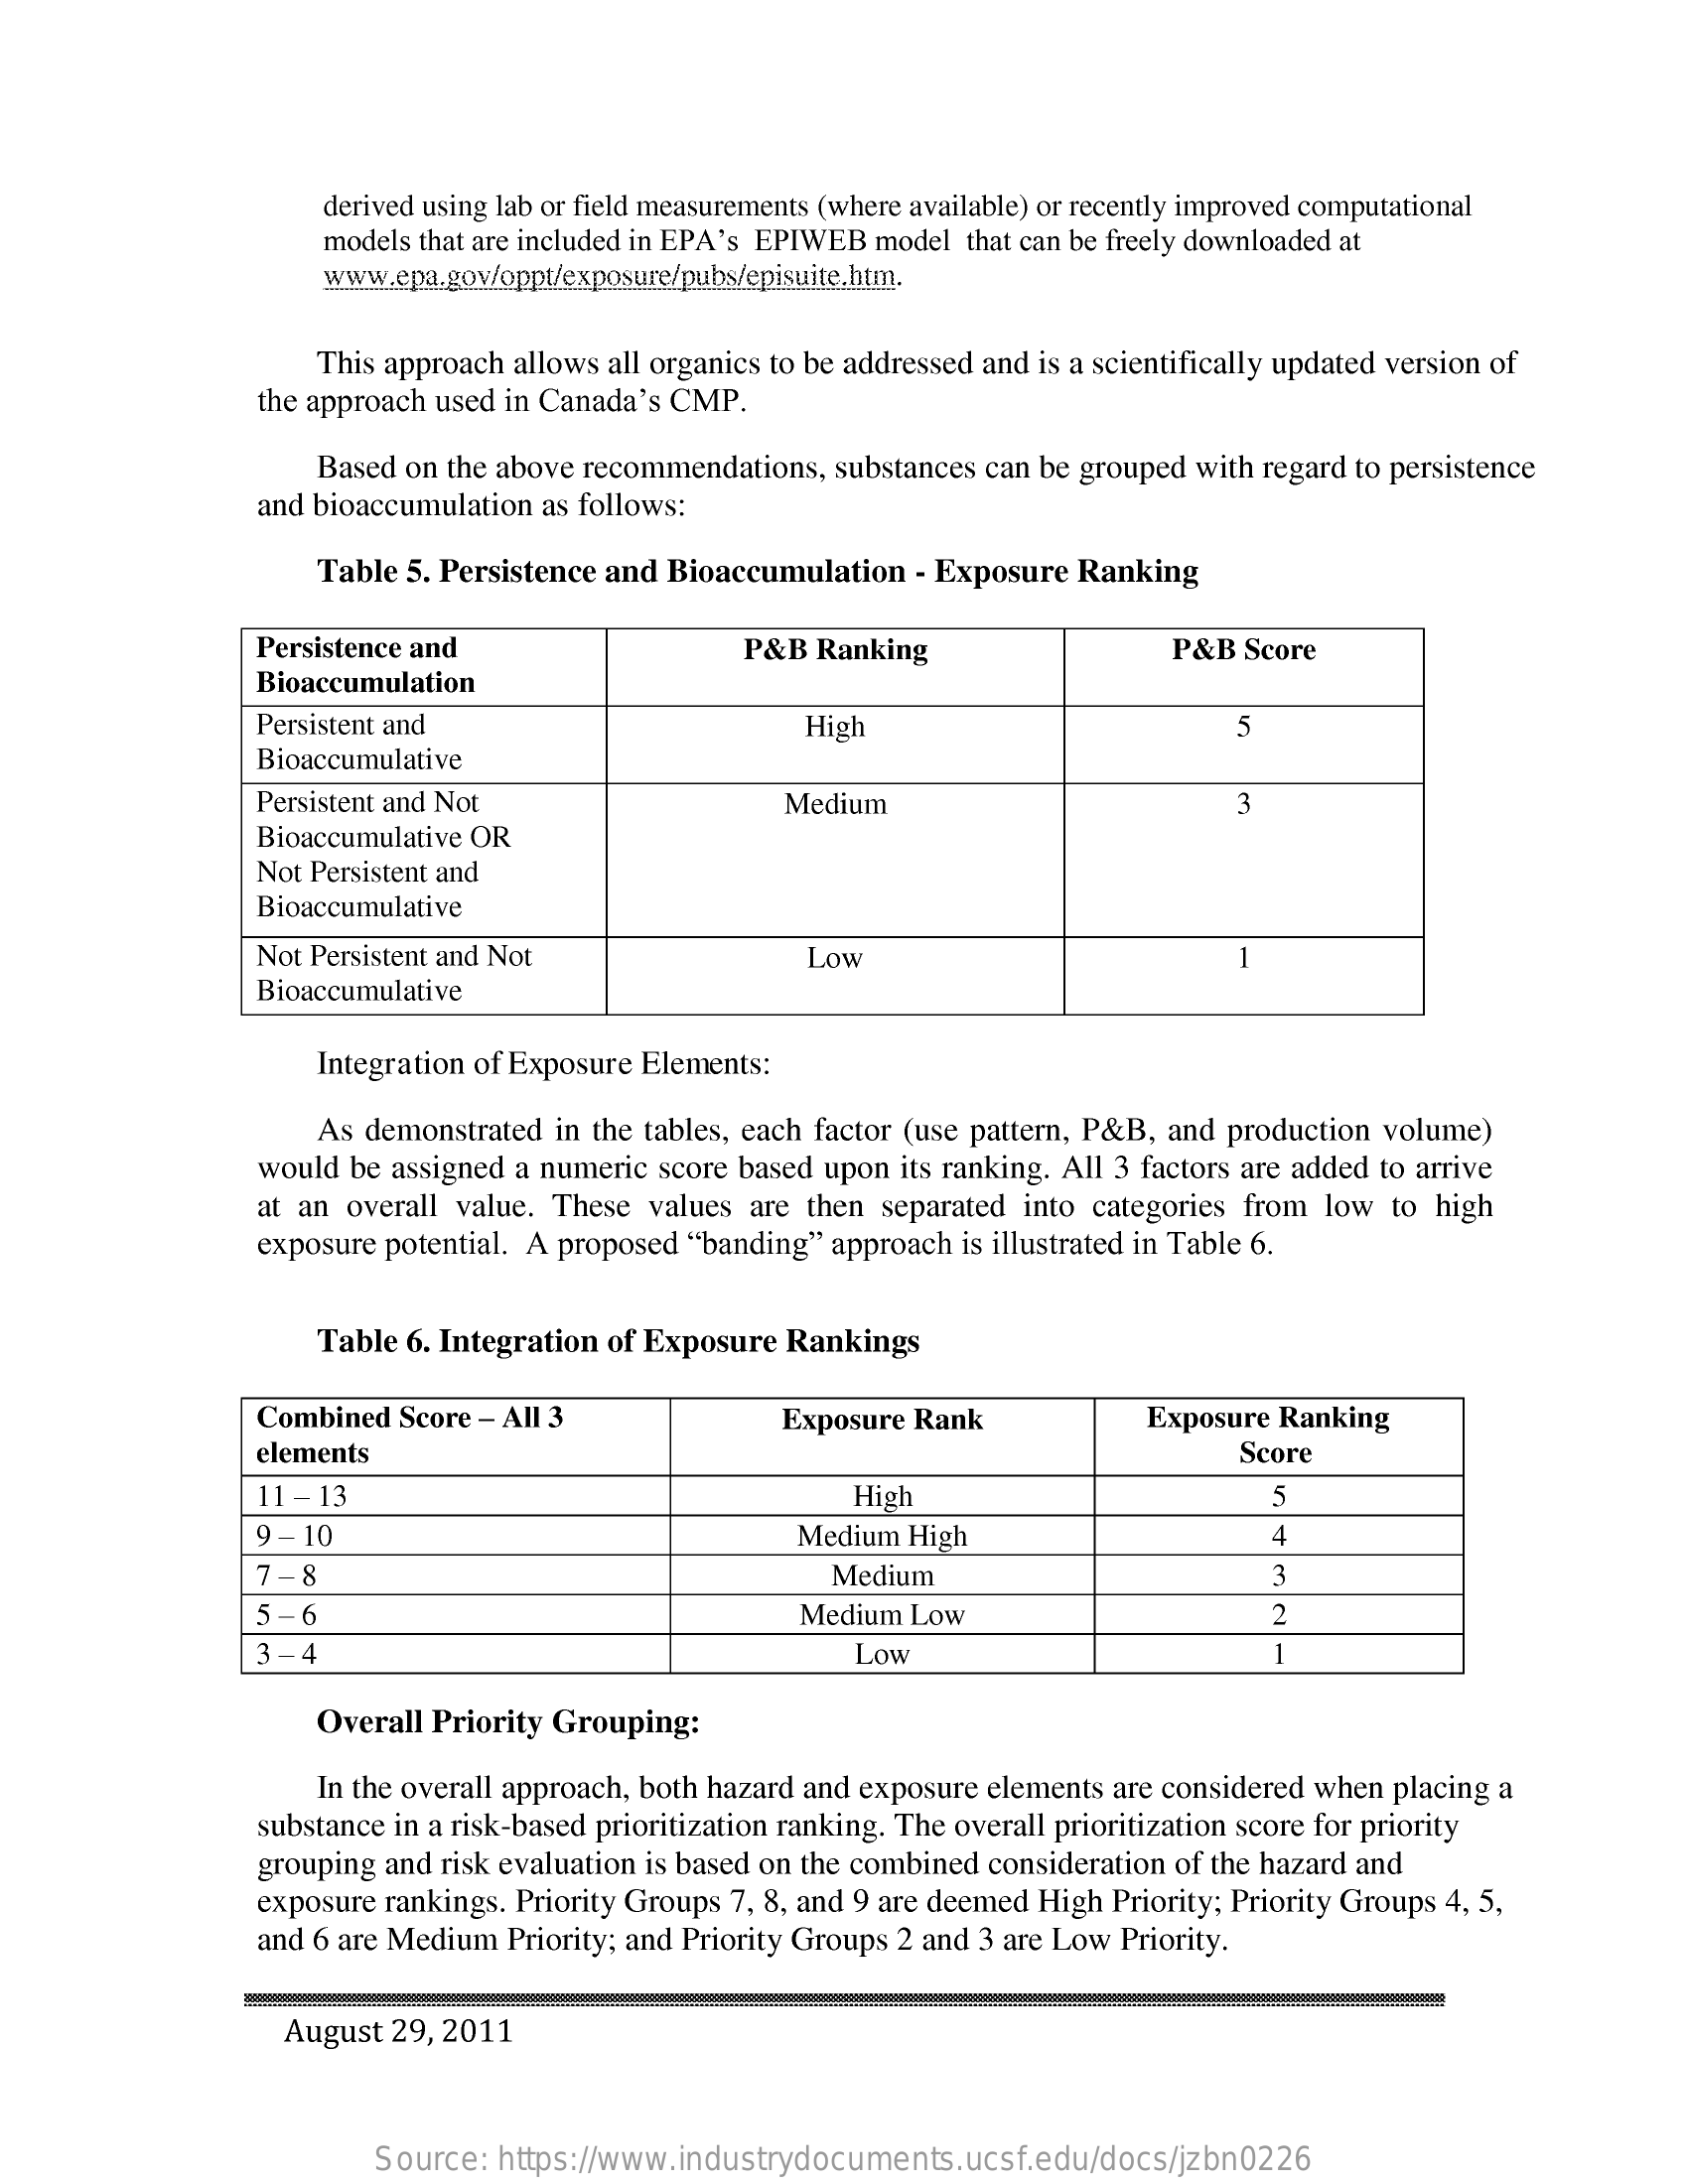
derived using lab or field measurements (where available) or recently improved computational
     models that are included in EPA's EPIWEB model that can be freely downloaded at
     www.epa.gov/oppt/exposure/pubs/episuite.htm.
     This approach allows all organics to be addressed and is a scientifically updated version of
     the approach used in Canada's CMP.
     Based on the above recommendations, substances can be grouped with regard to persistence
     and bioaccumulation as follows:
     Table 5. Persistence and Bioaccumulation - Exposure Ranking
     Persistence and
     Bioaccumulation
     P&B  Ranking    P&B  Score
     Persistent and    High    5
     Bioaccumulative
     Persistent and Not    Medium    3
     Bioaccumulative OR
     Not Persistent and
     Bioaccumulative
     Not Persistent and Not
     -
     Low
     Bioaccumulative
     Integration of Exposure Elements:
     As demonstrated in the tables, each factor (use pattern, P&B, and production volume)
     would be assigned a numeric score based upon its ranking. All 3 factors are added to arrive
     at an overall value. These values are then separated into categories from low  to high
     exposure potential. A proposed "banding" approach is illustrated in Table 6.
     Table 6. Integration of Exposure Rankings
     Combined  Score - All 3    Exposure Rank    Exposure Ranking
     elements    Score
     11-13    High    5
     9-10    Medium High    4
     7-8    Medium    3
     5-6    Medium Low
     3-4
     -
     Low
     Overall Priority Grouping:
     In the overall approach, both hazard and exposure elements are considered when placing a
     substance in a risk-based prioritization ranking. The overall prioritization score for priority
     grouping and risk evaluation is based on the combined consideration of the hazard and
     exposure rankings. Priority Groups 7, 8, and 9 are deemed High Priority; Priority Groups 4, 5,
     and 6 are Medium Priority; and Priority Groups 2 and 3 are Low Priority.
     August 29, 2011
     Source: https://www.industrydocuments.ucsf.edu/docs/jzbn0226